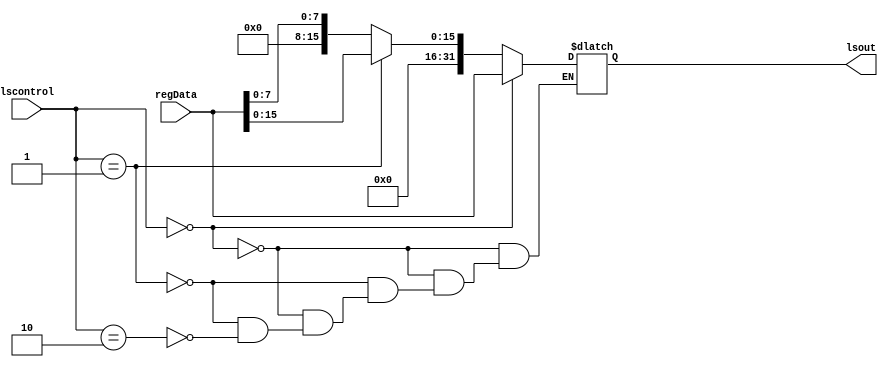
module LS (
    input wire[1:0] lscontrol,
    input wire[31:0] regData,
    output reg[31:0] lsout
);

    always @(*) begin
        if (lscontrol == 0) begin
            lsout = regData; // lw
        end
        else if (lscontrol == 1) begin
            lsout = {16'd0, regData[15:0]}; // lh
        end

        else if (lscontrol == 2) begin
            lsout = {24'd0, regData[7:0]}; // lb
        end
    end


endmodule